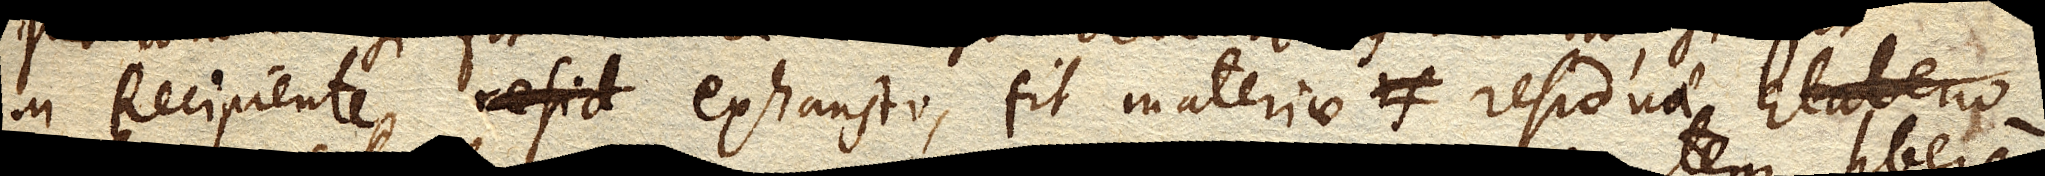
in Recipiente exhausto, fit materiae residuae